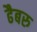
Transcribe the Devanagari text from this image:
ढैबरु